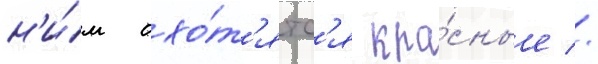
н'и́м охо́т'ятс'я кра́сные //